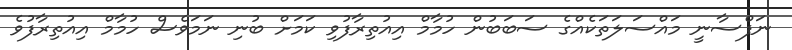
ނަފްސާނީ މައްސަލަތަކެއްގެ ސަބަބުން ހުމާމް އިއުތިރާފުވި ކަމަށް ބުނި ނަމަވެސް ހުމާމް އިއުތިރާފުވެ